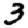
Digit: 3